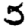
Digit: 5